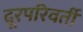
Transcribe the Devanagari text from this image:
दूरपरिवर्ती